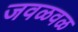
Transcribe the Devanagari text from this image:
जवळवळ